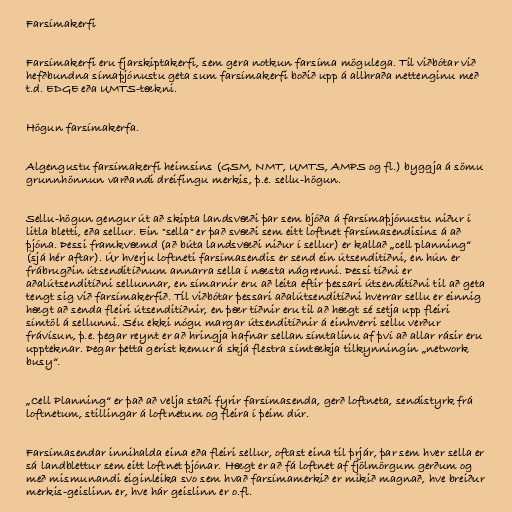
Farsímakerfi

Farsímakerfi eru fjarskiptakerfi, sem gera notkun farsíma mögulega. Til viðbótar við
hefðbundna símaþjónustu geta sum farsímakerfi boðið upp á allhraða nettenginu með
t.d. EDGE eða UMTS-tækni.

Högun farsímakerfa.

Algengustu farsímakerfi heimsins (GSM, NMT, UMTS, AMPS og fl.) byggja á sömu
grunnhönnun varðandi dreifingu merkis, þ.e. sellu-högun.

Sellu-högun gengur út að skipta landsvæði þar sem bjóða á farsímaþjónustu niður í
litla bletti, eða sellur. Ein "sella" er það svæði sem eitt loftnet farsímasendisins á að
þjóna. Þessi framkvæmd (að búta landsvæði niður í sellur) er kallað „cell planning“
(sjá hér aftar). Úr hverju loftneti farsímasendis er send ein útsenditíðni, en hún er
frábrugðin útsenditíðnum annarra sella í næsta nágrenni. Þessi tíðni er
aðalútsenditíðni sellunnar, en símarnir eru að leita eftir þessari útsenditíðni til að geta
tengt sig við farsímakerfið. Til viðbótar þessari aðalútsenditíðni hverrar sellu er einnig
hægt að senda fleiri útsenditíðnir, en þær tíðnir eru til að hægt sé setja upp fleiri
símtöl á sellunni. Séu ekki nógu margar útsenditíðnir á einhverri sellu verður
frávísun, þ.e. þegar reynt er að hringja hafnar sellan símtalinu af því að allar rásir eru
uppteknar. Þegar þetta gerist kemur á skjá flestra símtækja tilkynningin „network
busy“.

„Cell Planning“ er það að velja staði fyrir farsímasenda, gerð loftneta, sendistyrk frá
loftnetum, stillingar á loftnetum og fleira í þeim dúr.

Farsímasendar innihalda eina eða fleiri sellur, oftast eina til þrjár, þar sem hver sella er
sá landblettur sem eitt loftnet þjónar. Hægt er að fá loftnet af fjölmörgum gerðum og
með mismunandi eiginleika svo sem hvað farsímamerkið er mikið magnað, hve breiður
merkis-geislinn er, hve hár geislinn er o.fl.